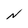
Character: N